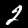
Digit: 2